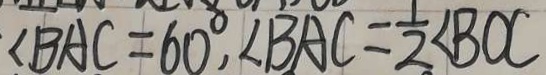
\angle B A C = 6 0 ^ { \circ } , \angle B A C = \frac { 1 } { 2 } \angle B O C